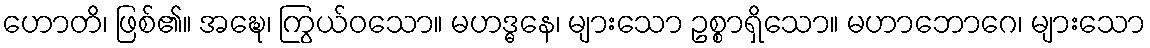
ဟောတိ၊ ဖြစ်၏။ အဍ္ဎေ၊ ကြွယ်ဝသော။ မဟဒ္ဓနေ၊ များသော ဥစ္စာရှိသော။ မဟာဘောဂေ၊ များသော